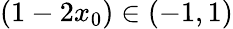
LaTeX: (1-2x_{0})\in(-1,1)